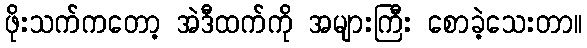
ဖိုးသက်ကတော့ အဲဒီထက်ကို အများကြီး စောခဲ့သေးတာ။